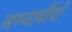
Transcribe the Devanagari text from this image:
अभ्यार्थीयों